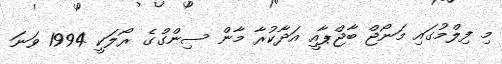
މި ފިލްމުގައި މަނޯޖް ބާޖްޕާއީ އަދާކުރާ މާން ސިންގްގެ ރޯލަކީ 1994 ވަނަ